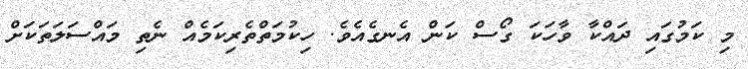
މި ކަމުގައި ދައްކާ ވާހަކަ ގޯސް ކަން އެނގެއެވެ. ހިކުމަތްތެރިކަމެއް ނެތި މައްސަލަތަކަށް